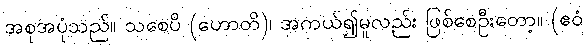
အစုအပုံသည်။ သစေပိ (ဟောတိ)၊ အကယ်၍မူလည်း ဖြစ်စေဦးတော့။ (ဧဝံ